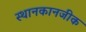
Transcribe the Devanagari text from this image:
स्थानकानजीक